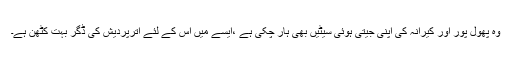
وہ پھول پور اور کیرانہ کی اپنی جیتی ہوئی سیٹیں بھی ہار چکی ہے ،ایسے میں اس کے لئے اترپردیش کی ڈگر بہت کٹھن ہے۔